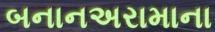
બનાનઅરામાના